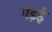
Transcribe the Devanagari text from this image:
गंड़ई